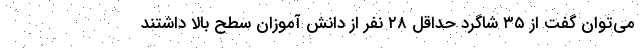
می‌توان گفت از ۳۵ شاگرد حداقل ۲۸ نفر از دانش آموزان سطح بالا داشتند